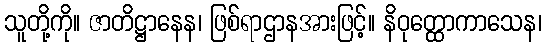
သူတို့ကို။ ဇာတိဋ္ဌာနေန၊ ဖြစ်ရာဌာနအားဖြင့်။ နိဝုတ္ထောကာသေန၊